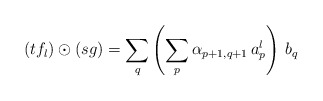
\begin{align*}(tf_l) \odot (sg) = \sum_{q} \left( \sum_p \alpha_{p+1,q+1} \, a_p^l \right) \, b_q \end{align*}